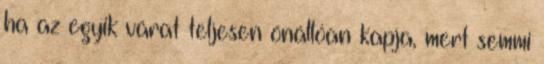
ha az egyik várat teljesen önállóan kapja, mert semmi